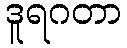
ဒူရဂတာ